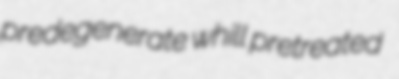
predegenerate whill pretreated